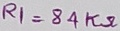
Text: RI=84KΩ